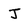
Character: J